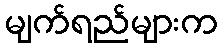
မျက်ရည်များက